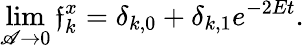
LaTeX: \operatorname*{lim}_{\mathscr{A}\to0}\mathfrak{f}_{k}^{x}=\delta_{k,0}+\delta_{k,1}e^{-2Et}.